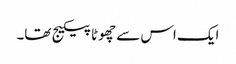
ایک اس سے چھوٹا پیکیج تھا۔